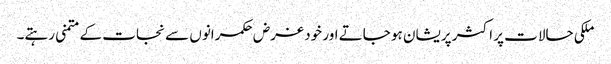
ملکی حالات پر اکثر پریشان ہو جاتے اور خود غرض حکمرانوں سے نجات کے متمنی رہتے۔